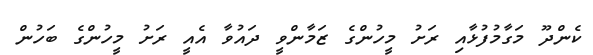
ކެންދޫ މަގާމުފުޅާއި ރަށު މީހުންގެ ޒަމާންވީ ދައުވާ އެއީ ރަށު މީހުންގެ ބަހުން